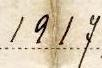
1917